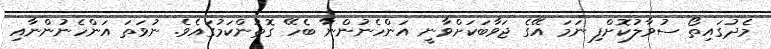
މެދުގައިތޯ ސުވާލުކޮށްފި ނަމަ އޭގެ ޖަވާބަކަށްވާނީ އަންހެނުންނާ ބެހޭ ގޮތުންކަމުގައެވެ. ނުވަތަ އަންހެނުންނާއި